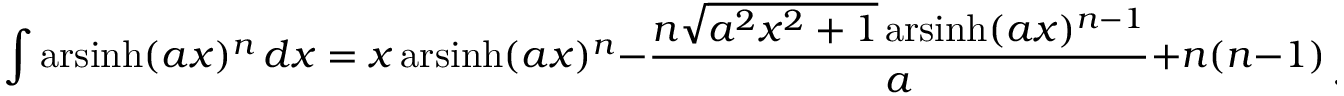
\int \operatorname { a r s i n h } ( a x ) ^ { n } \, d x = x \operatorname { a r s i n h } ( a x ) ^ { n } - { \frac { n { \sqrt { a ^ { 2 } x ^ { 2 } + 1 } } \operatorname { a r s i n h } ( a x ) ^ { n - 1 } } { a } } + n ( n - 1 ) \int \operatorname { a r s i n h } ( a x ) ^ { n - 2 } \, d x